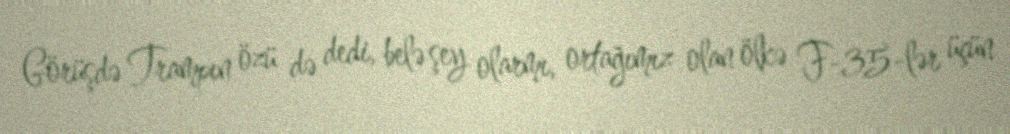
Görüşdə Trampın özü də dedi, belə şey olarmı, ortağımız olan ölkə F-35-lər üçün